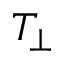
T _ { \perp }